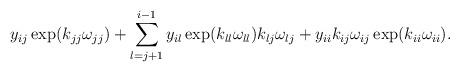
LaTeX: \begin{align*} y_{ij}\exp(k_{jj}\omega_{jj}) + \sum_{l=j+1}^{i-1} y_{il}\exp(k_{ll}\omega_{ll})k_{lj}\omega_{lj} +y_{ii}k_{ij}\omega_{ij}\exp(k_{ii}\omega_{ii}). \end{align*}